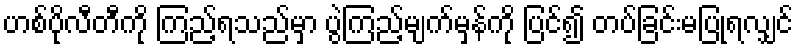
ဟစ်ပိုလီတီကို ကြည့်ရသည်မှာ ပွဲကြည့်မျက်မှန်ကို ပြင်၍ တပ်ခြင်းမပြုရလျှင်